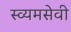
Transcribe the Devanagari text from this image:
स्व्यमसेवी